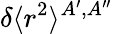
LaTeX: \delta\langle r^{2}\rangle^{A^{\prime},A^{\prime\prime}}